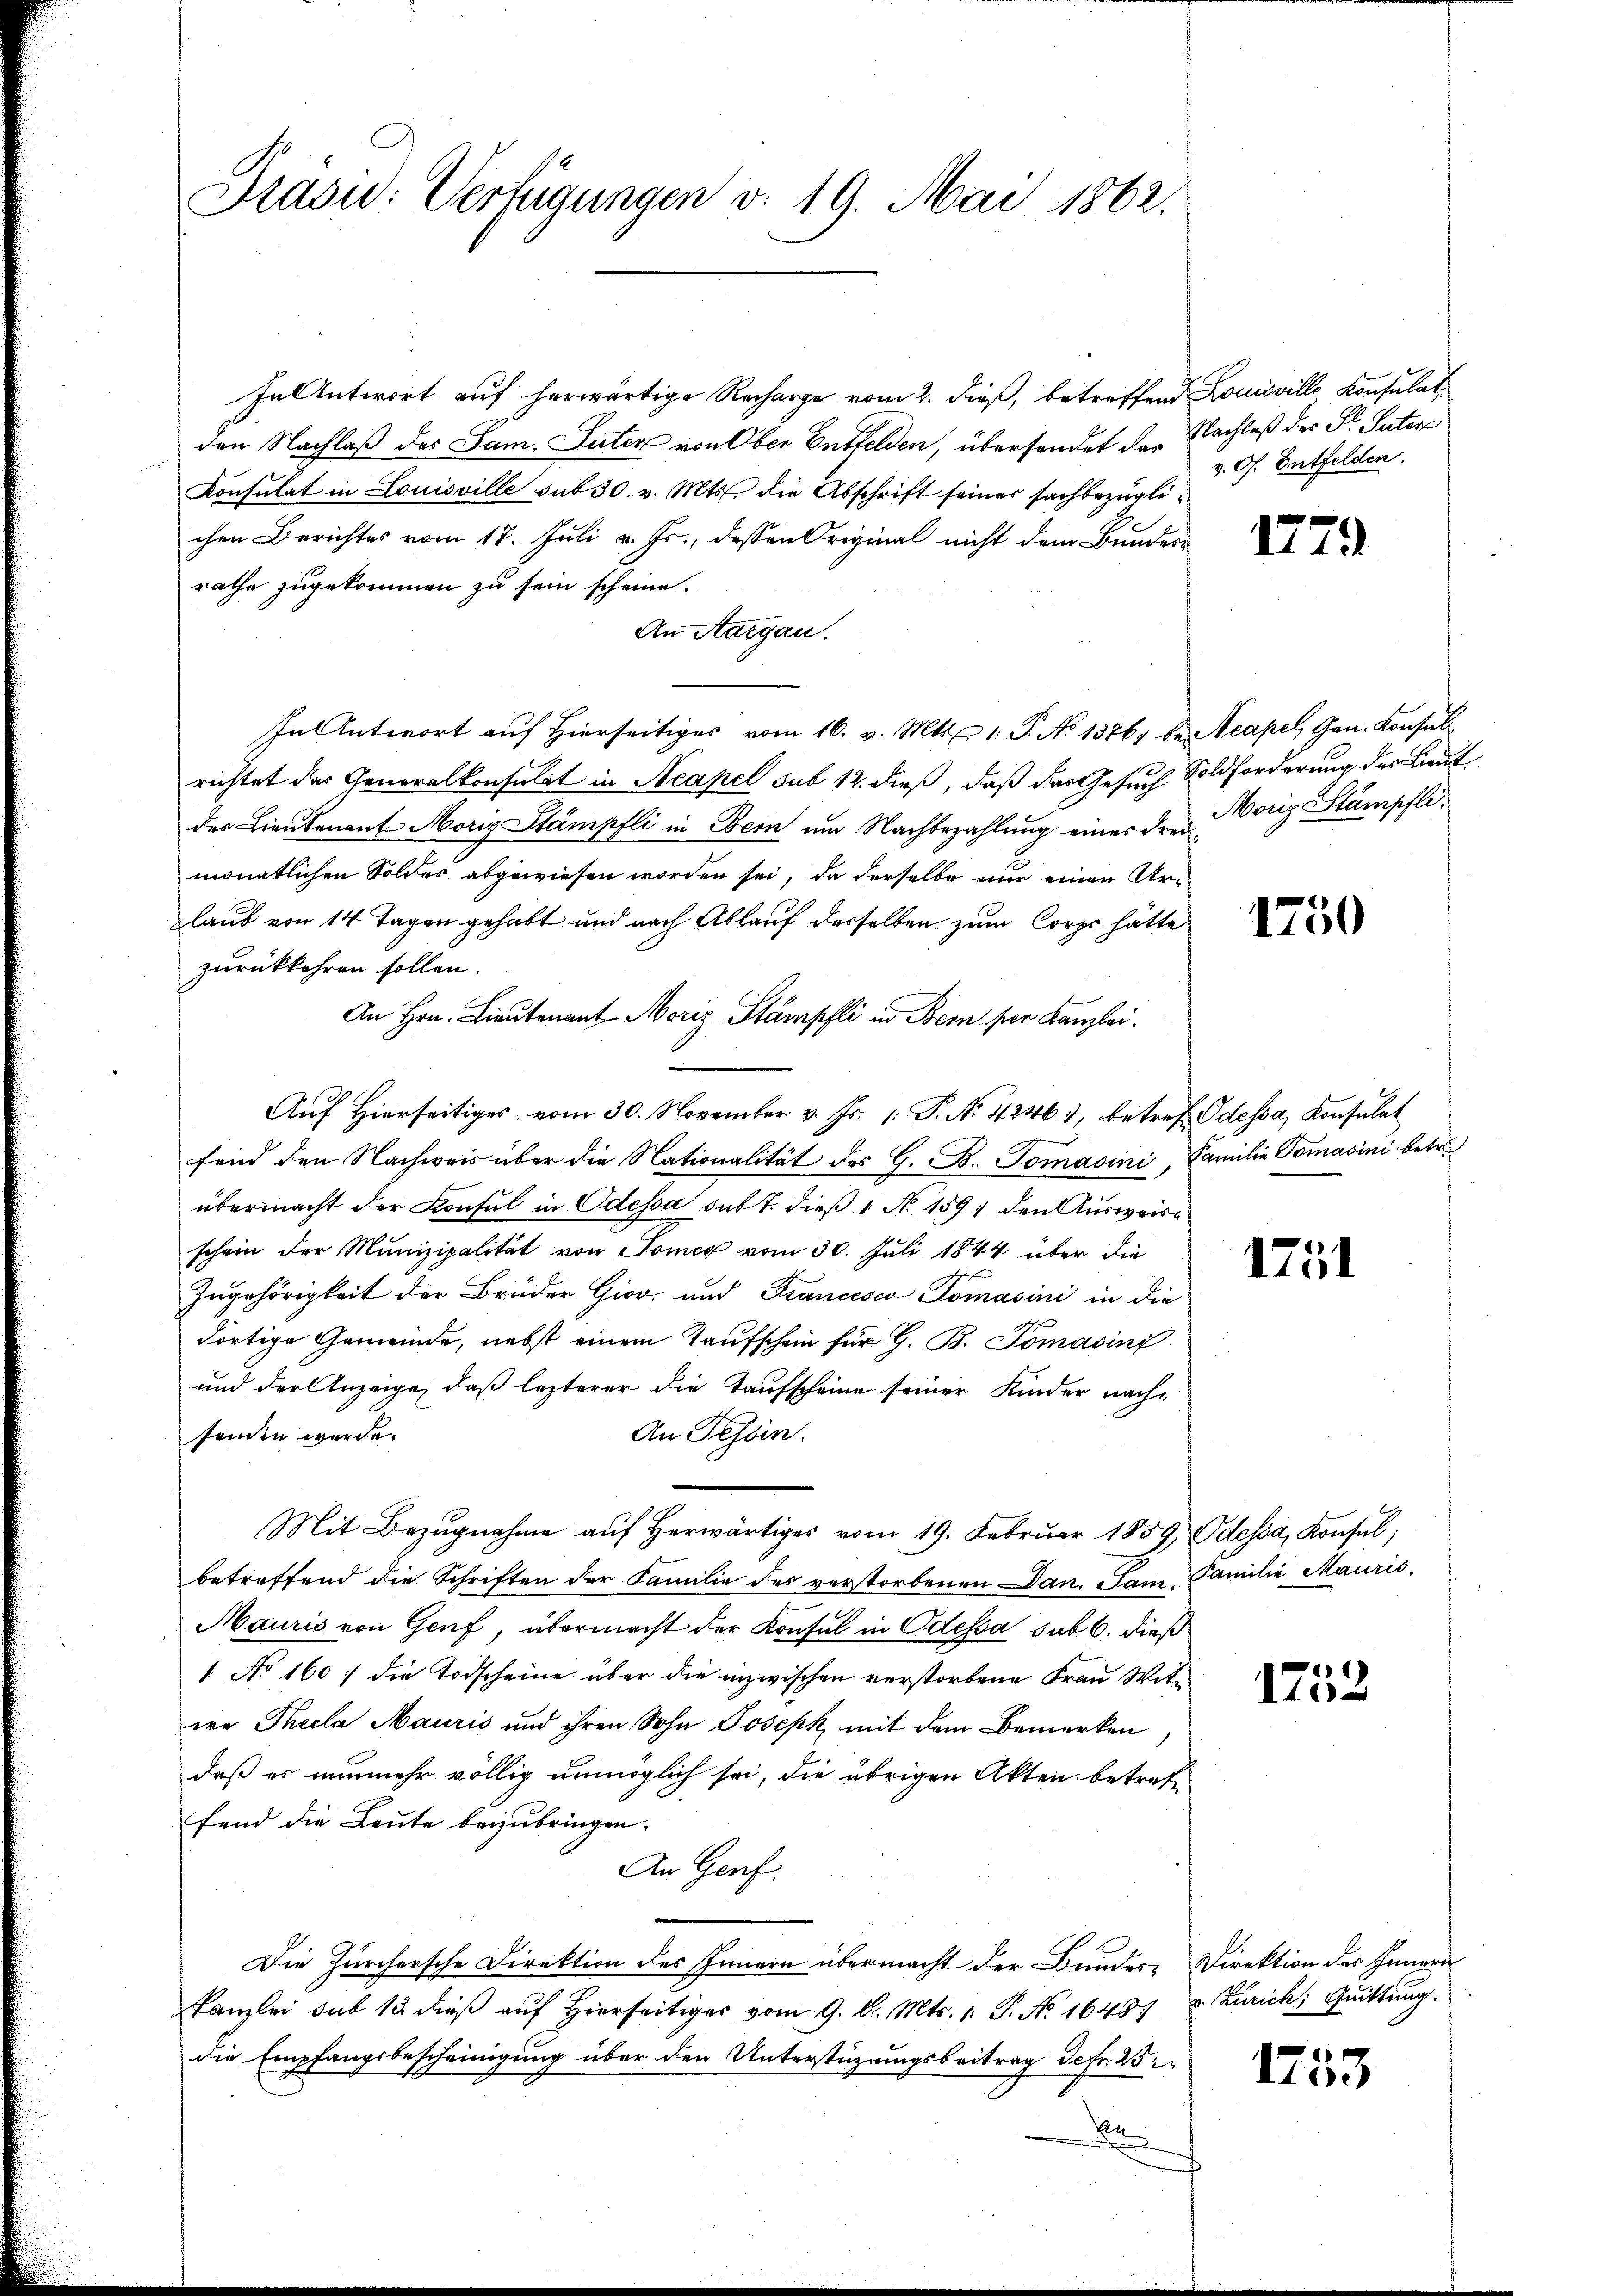
Präsid.: Verfügungen v. 19. Mai 1862.

In Antwort auf herwärtige Recharge vom 2. dieß, betreffend Louisville Konsulat
den Nachlaß des Sam. Suter von Ober Entfelden, übersendet des Nachlaß des Dr. Paten
Konsulat in Louisville sub 30. v. Mts. die Abschrift seines sachbezüglichen Berichtes vom 17. Juli v. Js., dessen Original nicht dem Bundes-
rathe zugekommen zu sein scheine.
An Aargau.
In Antwort auf Hierseitiges vom 16. v. Mts. 1. P. No 13761 bei Neapel, Gen. Konsul
richtet das Generalkonsulat in Neapel sub 12. dieß, daß das Gesuch Soldforderung des Lieut
der Lieutenant Morig Stämpfli in Bern um Nachbezahlung eines drei Vorig Stämpfli
monatlichen Soldes abgewiesen worden sei, da derselbe nur einen Urlaub von 14 Tagen gehabt und nach Ablauf derselben zum Corps hätte
zurückkehren sollen.
An Hrn. Lieutenant Moriz Stämpfli in Bern per Kanzlei.
Aŭf Hierseitiges vom 30. November v. Js. 1. P. Nr. 4236. 3, betref Odessa, Konsulat
fend den Nachweis über die Nationalität des G. B. Tomasini, Familie Tomasini betr.
übermacht der Konsul in Odessa sub t. dieß 1 No 1591 den Ausweisschein der Munizipalität von Toney vom 30. Juli 1844 über die
Zugehörigkeit der Brüder Giov und Francesco, Tomasini in die
dortige Gemeinde, nebst einem Taufschein für G. B. Tomasini
und der Anzeige, daß lezterer die Taufscheine seiner Kinder nach¬
An Tessin.
senden werde.
Mit Bezŭgnahme aŭf herwärtiges vom 19. Februar 1859, Odessa, Konsul,
betreffend die Schriften der Familie des verstorbenen Dan. Sam. Familie Maurić,
Mauris von Genf, übermacht der Konsul in Odessa sub 6. dieß
1. No 160 f die Todscheine über die inzwischen verstorbene Frau Witwe Thecla Mauris und ihren Sohn Josepk mit dem Bemerken
daß es nunmehr völlig unmöglich sei, die übrigen Akten betreffend die Leute beizubringen.
An Genf
Die Zürchersche Direktion des Innern übermacht der Bundes Direktion des Innern
Kanzlei sub 12 dieβ aŭf hierseitiger vom 9. d. Mts. 1. P. Nr. 16457 u. Zürich, Quittŭng.
die Empfangsbescheinigung über den Unterstüzungsbeitrag Jefr. 25
x

v. Of. Entfelden.

1779

1750

1751

2
110

1753